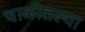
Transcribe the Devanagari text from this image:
चाळीतल्या